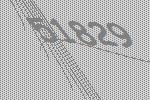
51829